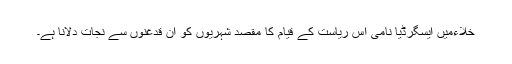
خلاءمیں ایسگرڈیا نامی اس ریاست کے قیام کا مقصد شہریوں کو ان قدغنوں سے نجات دلانا ہے۔